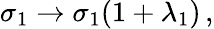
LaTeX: \sigma_{1}\rightarrow\sigma_{1}(1+\lambda_{1})\, ,